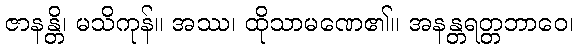
ဇာနန္တိ၊ မသိကုန်။ အဿ၊ ထိုသာမဏေ၏။ အနန္တရတ္တဘာဝေ၊